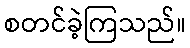
စတင်ခဲ့ကြသည်။